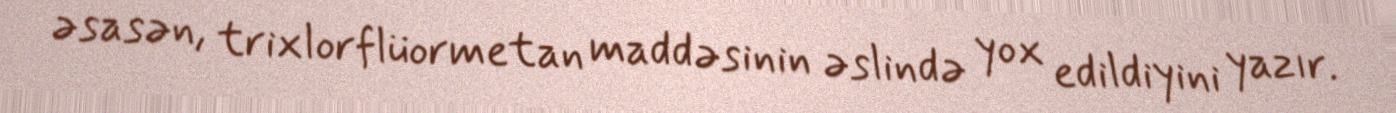
əsasən, trixlorflüormetan maddəsinin əslində yox edildiyini yazır.